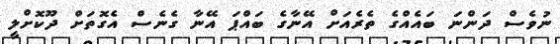
ނުވެސް ދަންނަ ބައެއްގެ ތެރެއަށް އޭނާގެ ބައްޕަ އޭނާ ގެނެސް އެގޮތަށް ދޫކޮށްލީ